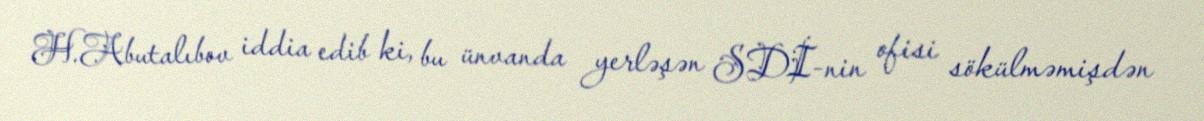
H.Abutalıbov iddia edib ki, bu ünvanda yerləşən SDİ-nin ofisi sökülməmişdən